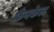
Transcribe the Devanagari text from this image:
फ्रैनकेल